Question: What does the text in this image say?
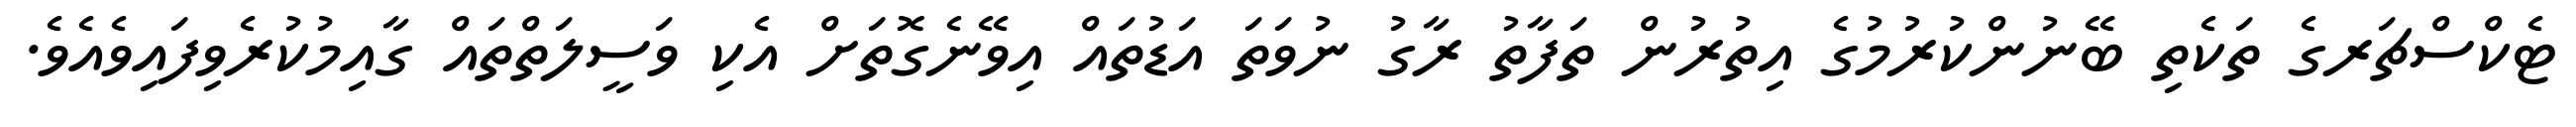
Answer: ޓެކްސްޗަރގެ ތަކެތި ބޭނުންކުރުމުގެ އިތުރުން ތަފާތު ރާގު ނުވަތަ އަޑުތައް އިވޭނެގޮތަށް އެކި ވަސީލަތްތައް ގާއިމުކުރެވިފައިވެއެވެ.